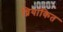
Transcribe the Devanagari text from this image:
ध्नियांकित